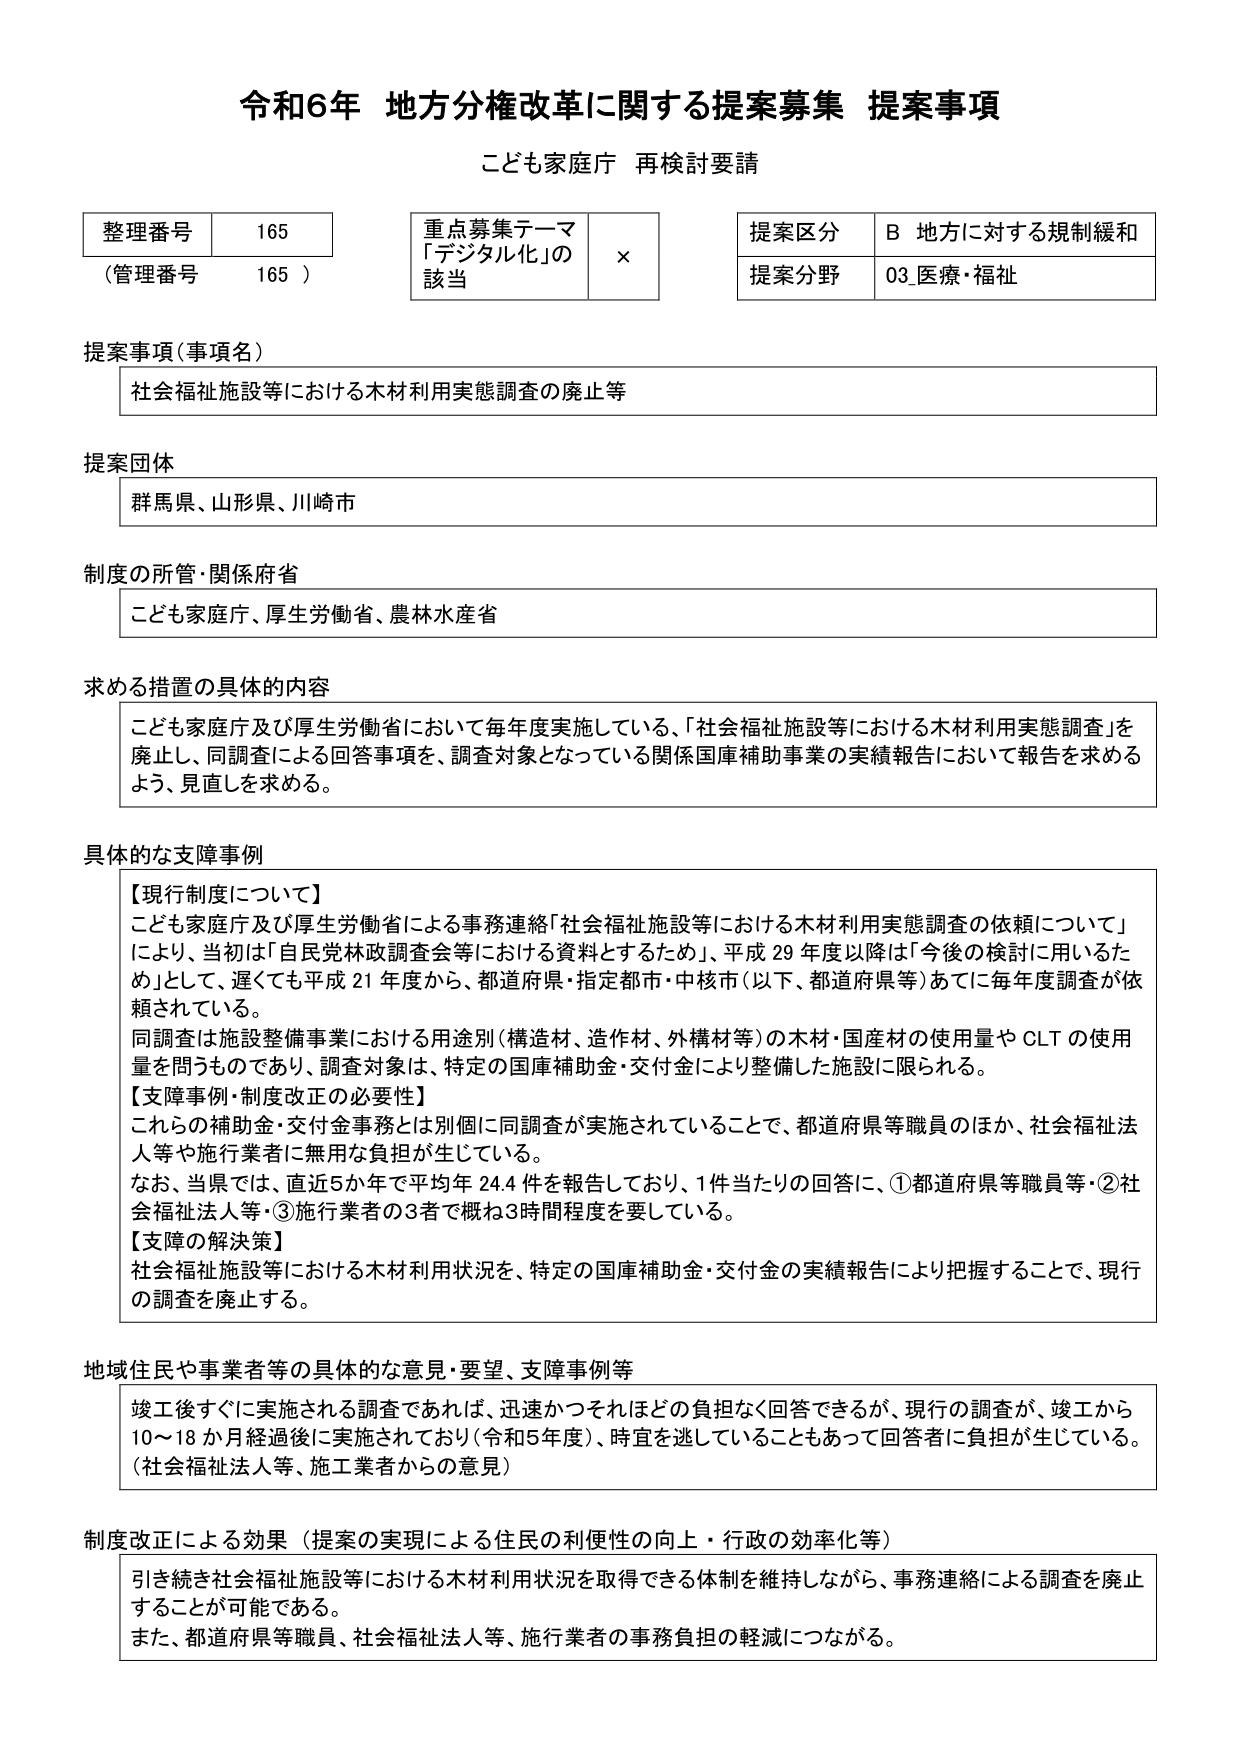
令和6年 地方分権改革に関する提案募集 提案事項
こども家庭庁 再検討要請

整理番号 165
（管理番号 165）

重点募集テーマ
「デジタル化」の
該当 ×

提案区分 B 地方に対する規制緩和
提案分野 03 医療・福祉

提案事項（事項名）
社会福祉施設等における木材利用実態調査の廃止等

提案団体
群馬県、山形県、川崎市

制度の所管・関係府省
こども家庭庁、厚生労働省、農林水産省

求める措置の具体的内容
こども家庭庁及び厚生労働省において毎年度実施している、「社会福祉施設等における木材利用実態調査」を廃止し、同調査による回答事項を、調査対象となっている関係国庫補助事業の実績報告において報告を求めるよう、見直しを求める。

具体的な支障事例
【現行制度について】
こども家庭庁及び厚生労働省による事務連絡「社会福祉施設等における木材利用実態調査の依頼について」により、当初は「自民党行政調査会等における資料とするため」、平成29年度以降は「今後の検討に用いるため」として、遅くても平成21年度から、都道府県・指定都市・中核市（以下、都道府県等）あてに毎年度調査が依頼されている。
同調査は施設整備事業における用途別（構造材、造作材、外構材等）の木材・国産材の使用量やCLTの使用量を問うものであり、調査対象は、特定の国庫補助金・交付金により整備した施設に限られる。
【支障事例・制度改正の必要性】
これらの補助金・交付金事務とは別個に同調査が実施されていることで、都道府県等職員のほか、社会福祉法人等や施行業者に無用な負担が生じている。
なお、当県では、直近5か年で平均年24.4件を報告しており、1件当たりの回答に、①都道府県等職員等・②社会福祉法人等・③施行業者の3者で概ね3時間程度を要している。
【支障の解決策】
社会福祉施設等における木材利用状況を、特定の国庫補助金・交付金の実績報告により把握することで、現行の調査を廃止する。

地域住民や事業者等の具体的な意見・要望、支障事例等
竣工後すぐに実施される調査であれば、迅速かつそれほどの負担なく回答できるが、現行の調査が、竣工から10～18か月経過後に実施されており（令和5年度）、時宜を逸していることもあって回答者に負担が生じている。
（社会福祉法人等、施工業者からの意見）

制度改正による効果（提案の実現による住民の利便性の向上・行政の効率化等）
引き続き社会福祉施設等における木材利用状況を取得できる体制を維持しながら、事務連絡による調査を廃止することが可能である。
また、都道府県等職員、社会福祉法人等、施行業者の事務負担の軽減につながる。